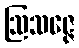
ဩသဇ္ဇေ